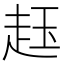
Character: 䞝